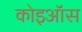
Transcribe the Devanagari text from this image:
कोइऑस